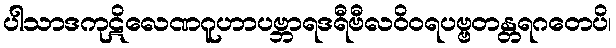
ပါသာဒကုဋိလေဏဂူဟာပဗ္ဘာရဒရီဗီလဝိဝရပဗ္ဗတန္တရဂတေပိ၊